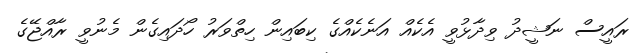
ރައީސް ނަޝީދު ވިދާޅުވީ އެކެއް އަނެކެއްގެ ކިބައިން ހިތްވަރު ހޯދައިގެން މެނުވީ ރާއްޖޭގެ